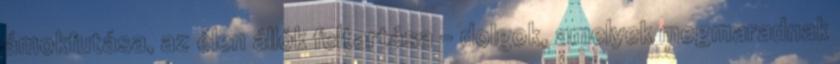
ámokfutása, az élen állók feltartása - dolgok, amelyek megmaradnak